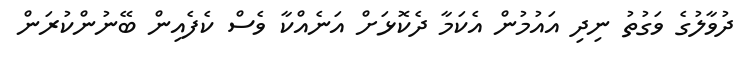
ދުވާލުގެ ވަގުތު ނިދި އައުމުން އެކަމާ ދެކޮޅަށް އަނެއްކާ ވެސް ކެފެއިން ބޭނުންކުރަން